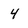
Character: 4